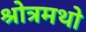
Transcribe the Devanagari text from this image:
श्रोत्रमथो